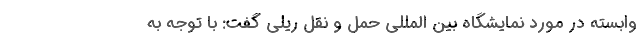
وابسته در مورد نمایشگاه بین المللی حمل و نقل ریلی گفت: با توجه به